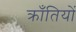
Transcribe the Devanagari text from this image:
क्राँतियों